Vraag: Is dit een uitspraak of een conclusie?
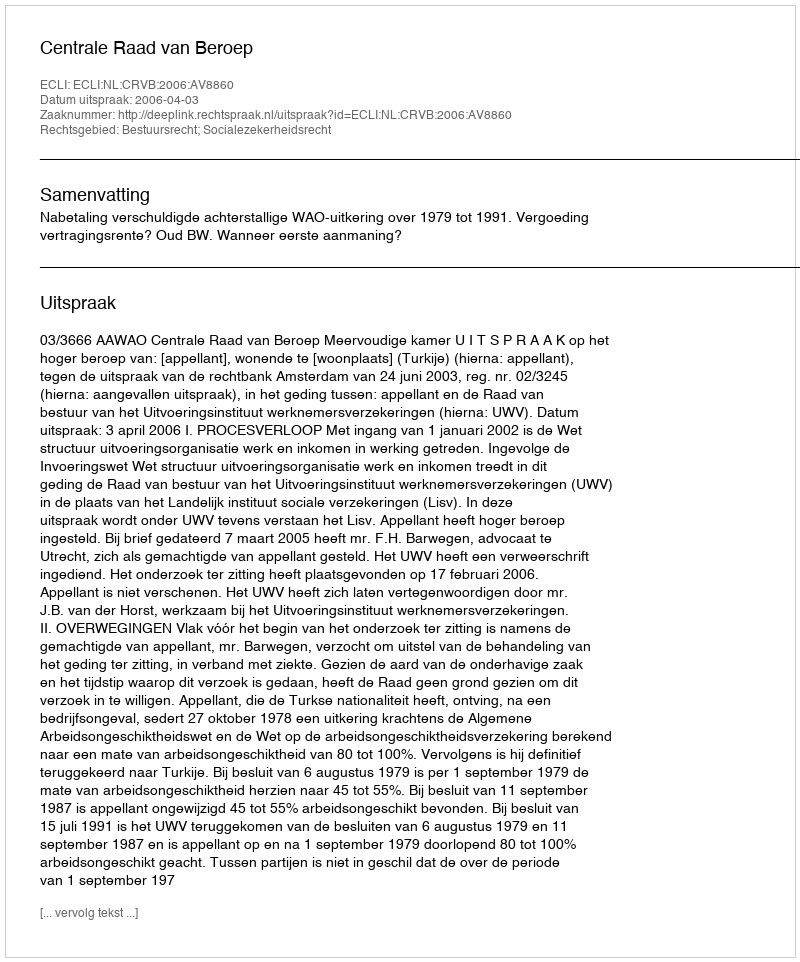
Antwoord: Uitspraak